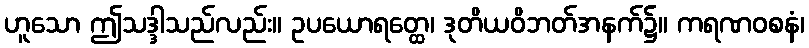
ဟူသော ဤသဒ္ဒါသည်လည်း။ ဥပယောရတ္ထေ၊ ဒုတိယဝိဘတ်အနက်၌။ ကရဏဝစနံ၊